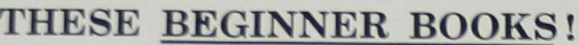
THESE BEGINNER BOOKS!